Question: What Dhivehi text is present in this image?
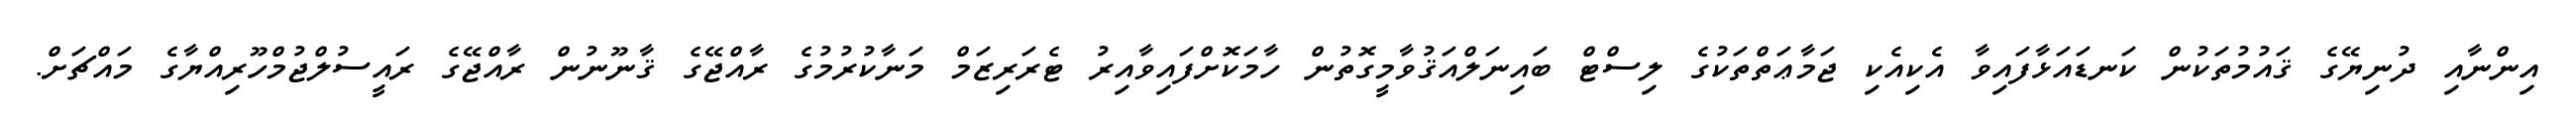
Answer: އިންނާއި ދުނިޔޭގެ ޤައުމުތަކުން ކަނޑައަޅާފައިވާ އެކިއެކި ޖަމާޢަތްތަކުގެ ލިސްޓް ބައިނަލްއަޤުވާމީގޮތުން ހާމަކޮށްފައިވާއިރު ޓެރަރިޒަމް މަނާކުރުމުގެ ރާއްޖޭގެ ޤާނޫނުން ރާއްޖޭގެ ރައީސުލްޖުމްހޫރިއްޔާގެ މައްޗަށް.